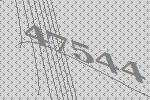
47544